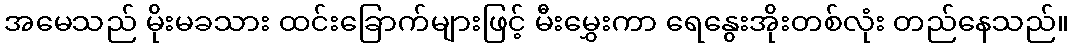
အမေသည် မိုးမခသား ထင်းခြောက်များဖြင့် မီးမွှေးကာ ရေနွေးအိုးတစ်လုံး တည်နေသည်။